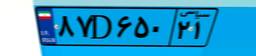
۸۴D۴۲۱۸۳